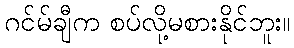
ဂင်မ်ချီက စပ်လို့မစားနိုင်ဘူး။